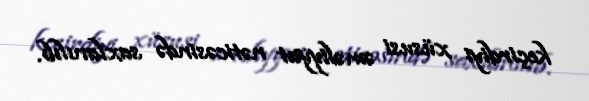
keçirdiyi xüsusi əməliyyat nəticəsində saxlanılıb.